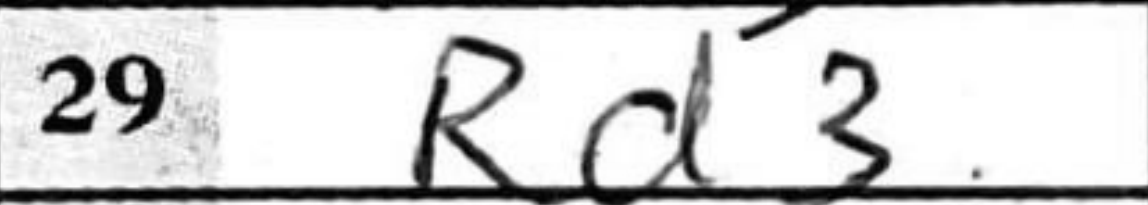
Transcription: Rd3